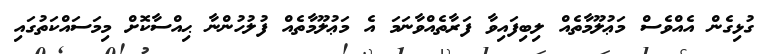
ގުޅިގެން އެއްވެސް މަޢުލޫމާތެއް ލިބިފައިވާ ފަރާތެއްވާނަމަ އެ މަޢުލޫމާތެއް ފުލުހުންނާ ޙިއްސާކޮށް މިމަސައްކަތުގައި